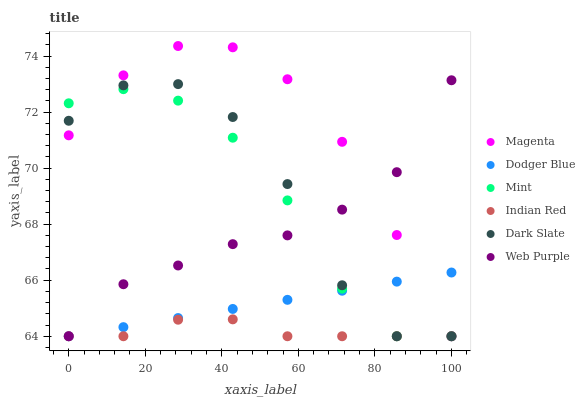
| xaxis_label | Magenta | Dodger Blue | Mint | Indian Red | Dark Slate | Web Purple |
 | --- | --- | --- | --- | --- | --- | --- |
 | 0 | 71.2 | 64 | 72.3 | 64 | 71.7 | 64 |
 | 14.3 | 73.3 | 64.3 | 72.8 | 64 | 73 | 65.9 |
 | 28.6 | 74.4 | 64.6 | 72.4 | 64.6 | 73 | 66.5 |
 | 42.9 | 74.3 | 65 | 71.1 | 64.6 | 71.8 | 67.3 |
 | 57.1 | 73.2 | 65.3 | 68.8 | 64 | 69.4 | 67.6 |
 | 71.4 | 70.9 | 65.6 | 65.7 | 64 | 65.8 | 68.5 |
 | 85.7 | 67.6 | 65.9 | 64 | 64 | 64 | 69.9 |
 | 100 | 64 | 66.3 | 64 | 64 | 64 | 73.1 |